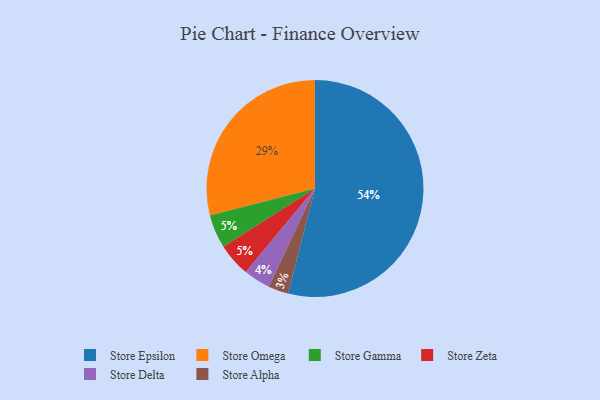
{"axis": {"x": "Category", "y": "Percentage"}, "legend": ["Store Alpha", "Store Delta", "Store Epsilon", "Store Gamma", "Store Omega", "Store Zeta"], "data": [{"x": "Store Omega", "y": 29, "type": "Store Omega"}, {"x": "Store Epsilon", "y": 54, "type": "Store Epsilon"}, {"x": "Store Delta", "y": 4, "type": "Store Delta"}, {"x": "Store Gamma", "y": 5, "type": "Store Gamma"}, {"x": "Store Zeta", "y": 5, "type": "Store Zeta"}, {"x": "Store Alpha", "y": 3, "type": "Store Alpha"}]}